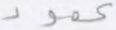
عمود